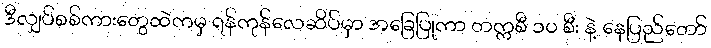
ဒီလျှပ်စစ်ကားတွေထဲကမှ ရန်ကုန်လေဆိပ်မှာ အခြေပြုကာ တက္ကစီ ၁၀ စီး နဲ့ နေပြည်တော်